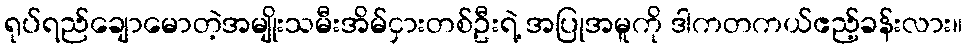
ရုပ်ရည်ချောမောတဲ့အမျိုးသမီးအိမ်ငှားတစ်ဦးရဲ့ အပြုအမူကို ဒါကတကယ်ဧည့်ခန်းလား။